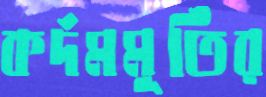
কর্দমমূর্তির